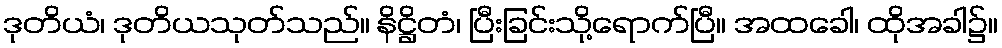
ဒုတိယံ၊ ဒုတိယသုတ်သည်။ နိဋ္ဌိတံ၊ ပြီးခြင်းသို့ရောက်ပြီ။ အထခေါ၊ ထိုအခါ၌။